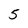
Character: 5